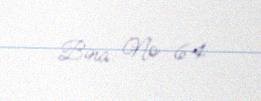
Bina: № 64